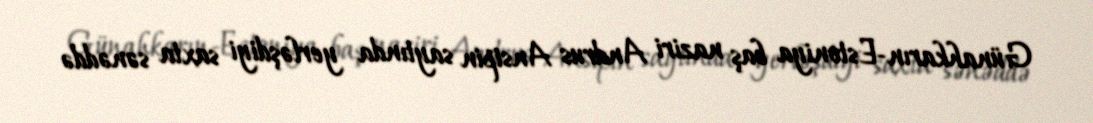
Günahkarın-Estoniya baş naziri Andrus Ansipin saytında yerləşdiyi saxta sənəddə